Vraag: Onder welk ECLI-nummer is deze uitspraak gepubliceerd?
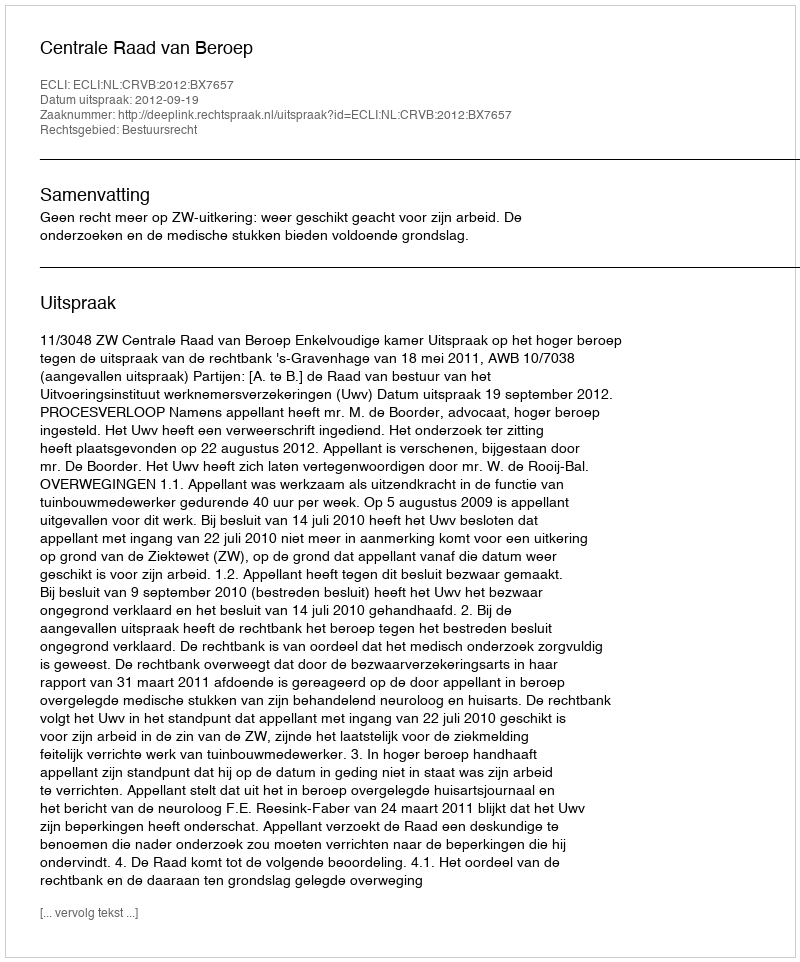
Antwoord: ECLI:NL:CRVB:2012:BX7657